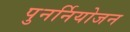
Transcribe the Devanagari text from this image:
पुनर्नियोजन